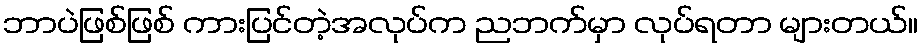
ဘာပဲဖြစ်ဖြစ် ကားပြင်တဲ့အလုပ်က ညဘက်မှာ လုပ်ရတာ များတယ်။